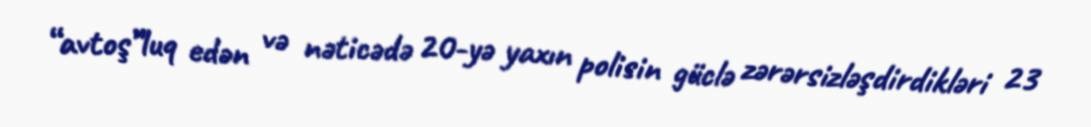
“avtoş”luq edən və nəticədə 20-yə yaxın polisin güclə zərərsizləşdirdikləri 23